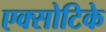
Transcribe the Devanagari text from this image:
एक्सोटिके